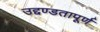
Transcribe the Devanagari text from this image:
उद्दण्डतापूर्ण